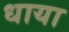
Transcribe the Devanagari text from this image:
धाया